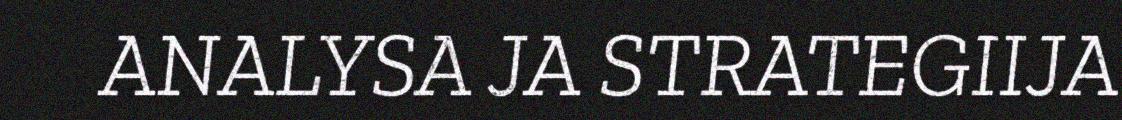
ANALYSA JA STRATEGIIJA